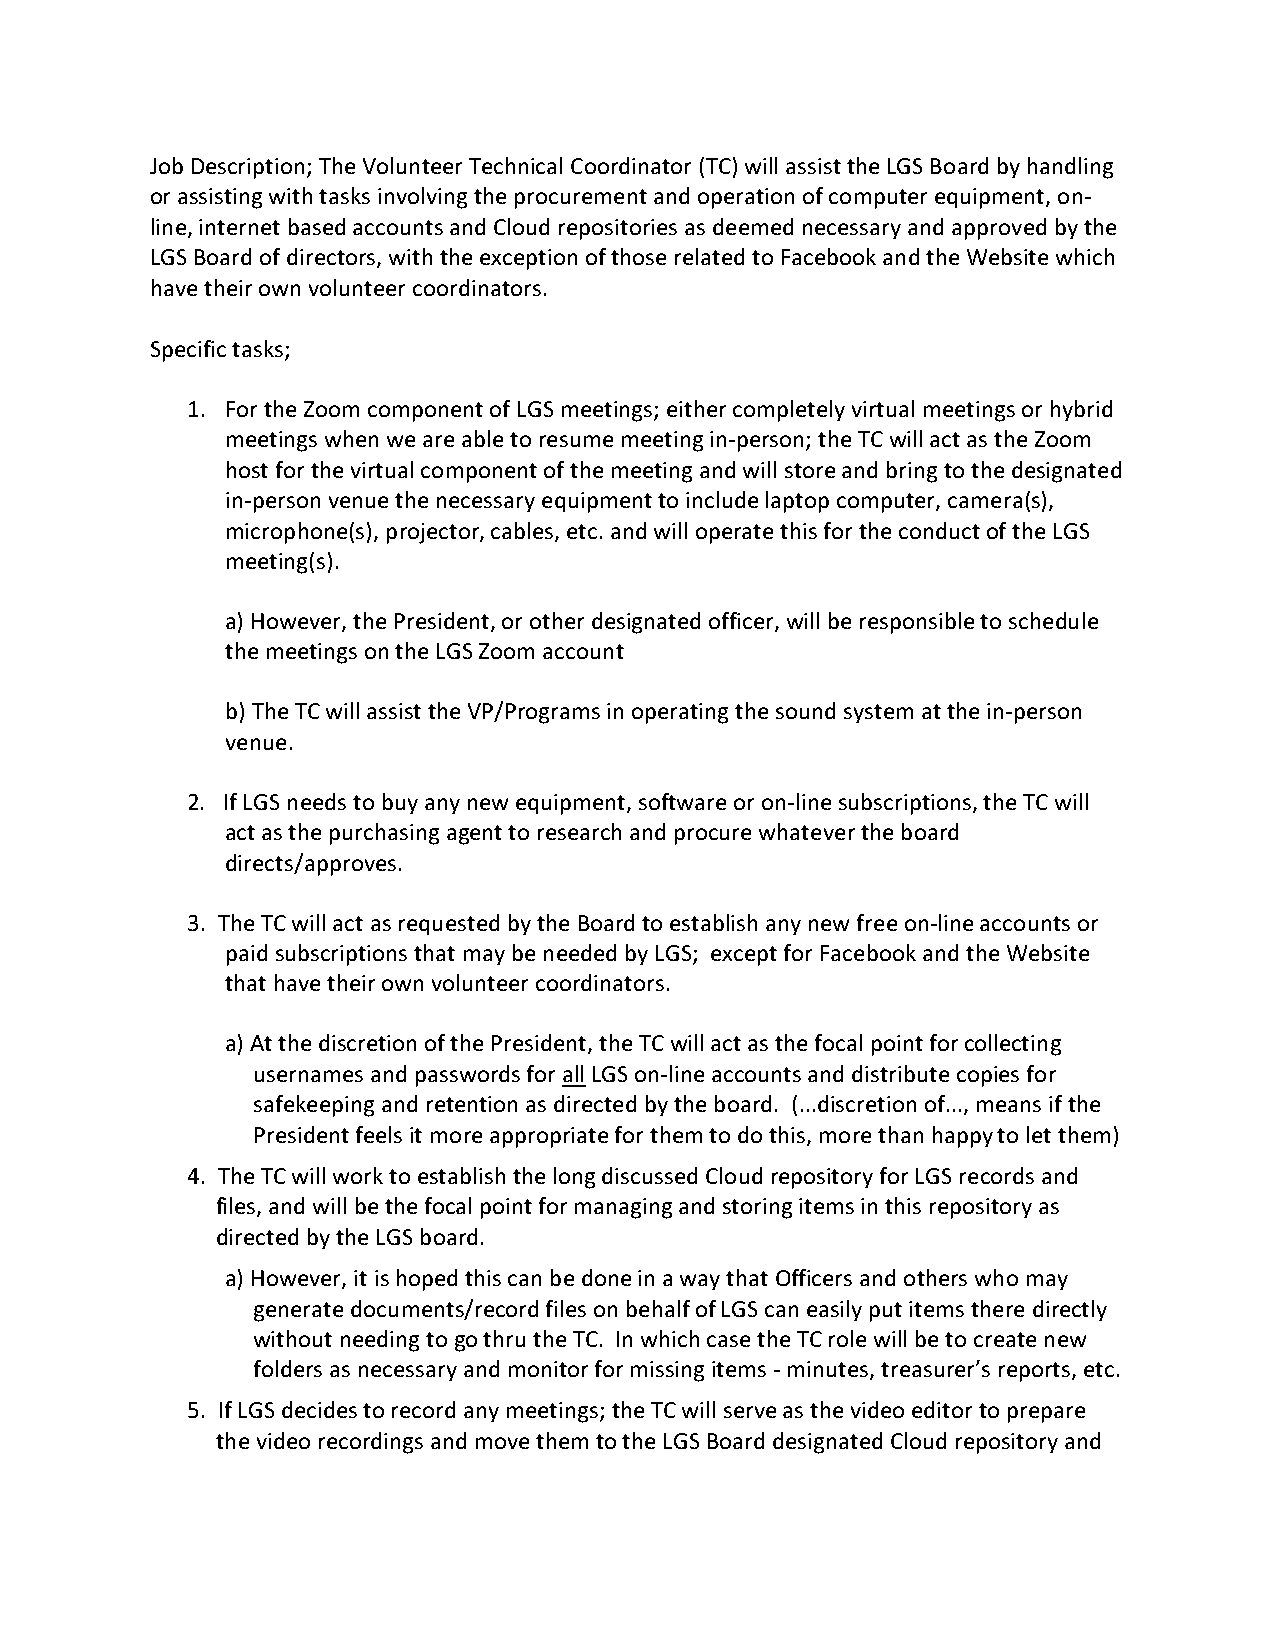
Job Description; The Volunteer Technical Coordinator (TC) will assist the LGS Board by handling
 or assisting with tasks involving the procurement and operation of computer equipment, on-
 line, internet based accounts and Cloud repositories as deemed necessary and approved by the
 LGS Board of directors, with the exception of those related to Facebook and the Website which
 have their own volunteer coordinators.
 Specific tasks;
 1. For the Zoom component of LGS meetings; either completely virtual meetings or hybrid
 meetings when we are able to resume meeting in-person; the TC will act as the Zoom
 host for the virtual component of the meeting and will store and bring to the designated
 in-person venue the necessary equipment to include laptop computer, camera(s),
 microphone(s), projector, cables, etc. and will operate this for the conduct of the LGS
 meeting(s).
 a) However, the President, or other designated officer, will be responsible to schedule
 the meetings on the LGS Zoom account
 b) The TC will assist the VP/Programs in operating the sound system at the in-person
 venue.
 2. If LGS needs to buy any new equipment, software or on-line subscriptions, the TC will
 act as the purchasing agent to research and procure whatever the board
 directs/approves.
 3. The TC will act as requested by the Board to establish any new free on-line accounts or
 paid subscriptions that may be needed by LGS; except for Facebook and the Website
 that have their own volunteer coordinators.
 a) At the discretion of the President, the TC will act as the focal point for collecting
 usernames and passwords for all LGS on-line accounts and distribute copies for
 safekeeping and retention as directed by the board. (...discretion of..., means if the
 President feels it more appropriate for them to do this, more than happy to let them)
 4. The TC will work to establish the long discussed Cloud repository for LGS records and
 files, and will be the focal point for managing and storing items in this repository as
 directed by the LGS board.
 a) However, it is hoped this can be done in a way that Officers and others who may
 generate documents/record files on behalf of LGS can easily put items there directly
 without needing to go thru the TC. In which case the TC role will be to create new
 folders as necessary and monitor for missing items - minutes, treasurer’s reports, etc.
 5. If LGS decides to record any meetings; the TC will serve as the video editor to prepare
 the video recordings and move them to the LGS Board designated Cloud repository and